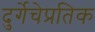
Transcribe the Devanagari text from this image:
दुर्गेचेप्रतिक